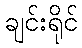
ချင်းရိုင်